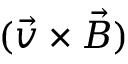
( \vec { v } \times \vec { B } )